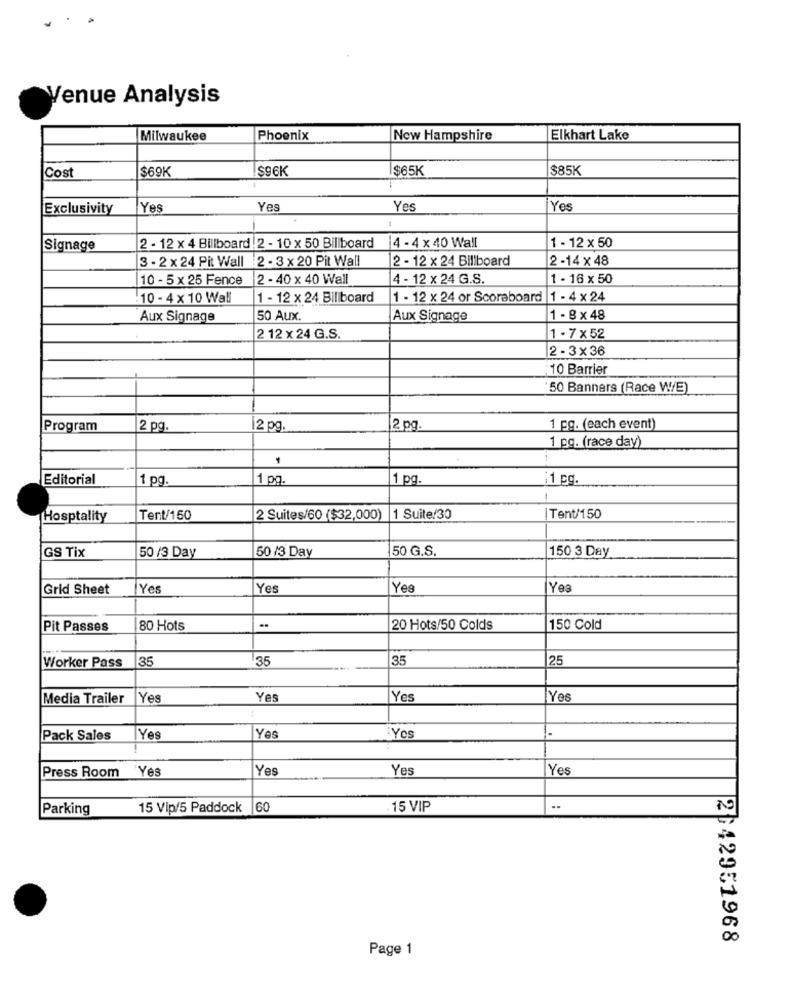
Venue Analysis
Milwaukee
Phoenix
New Hampshire
Elkhart Lake
$69K
$96K
$65K
$85K
Cost
Exclusivity
Yes
Yes
Yes
Yes
/4 -4 x 40 Wall
Signage
2 - 12 x 4 Billboard | 2 - 10 x 50 Billboard
1 - 12 × 50
3 - 2 x 24 Pit Wall 2 - 3 x 20 Pit Wall
2 - 12 x 24 Billboard
2-14 × 48
10 - 5 x 25 Fence
2 - 40 x 40 Wall
4 - 12 x 24 G.S.
1 - 16 × 50
10 - 4 x 10 Wall
1 - 12 x 24 Billboard
1 - 12 x 24 or Scoreboard |1 - 4 x 24
Aux Signage
50 Aux.
Aux Signage
1 - 8 × 48
2 12 x 24 G.S.
1 . 7 x 52
2 - 3x 36
10 Barrier
50 Banners (Race W/E)
Program
2 pg.
2 pg.
2 pg.
1 pg. (each event)
1 pg. (race day)
Editorial
1 pg.
1 pg.
1 pg.
:1 cg.
Hosptality
Tent/150
2 Suites/60 ($32,000)
1 Suite/30
Tent/150
GS Tix
50 /3 Day
50 G.S.
150 3 Day
50 /3 Day
Grid Sheet
Yes
Yes
Yes
Yes
Pit Passes
80 Hots
20 Hots/50 Colds
150 Cold
35
35
35
25
Worker Pass
Media Trailer
Yes
Yes
Yes
Yes
Pack Sales
Yes
Yes
Yes
Press Room "Yes
Yes
Yes
Yes
Parking
15 Vip/5 Paddock 60
15 VIP
2 42951968
Page 1